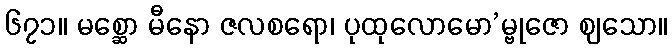
၆၇၁။ မစ္ဆော မီနော ဇလစရော၊ ပုထုလောမော’မ္ဗုဇော ဈသော။